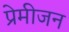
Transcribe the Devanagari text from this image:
प्रेमीजन